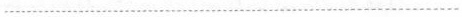
................................................................................